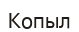
Копыл